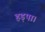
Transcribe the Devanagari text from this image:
हड़पा।